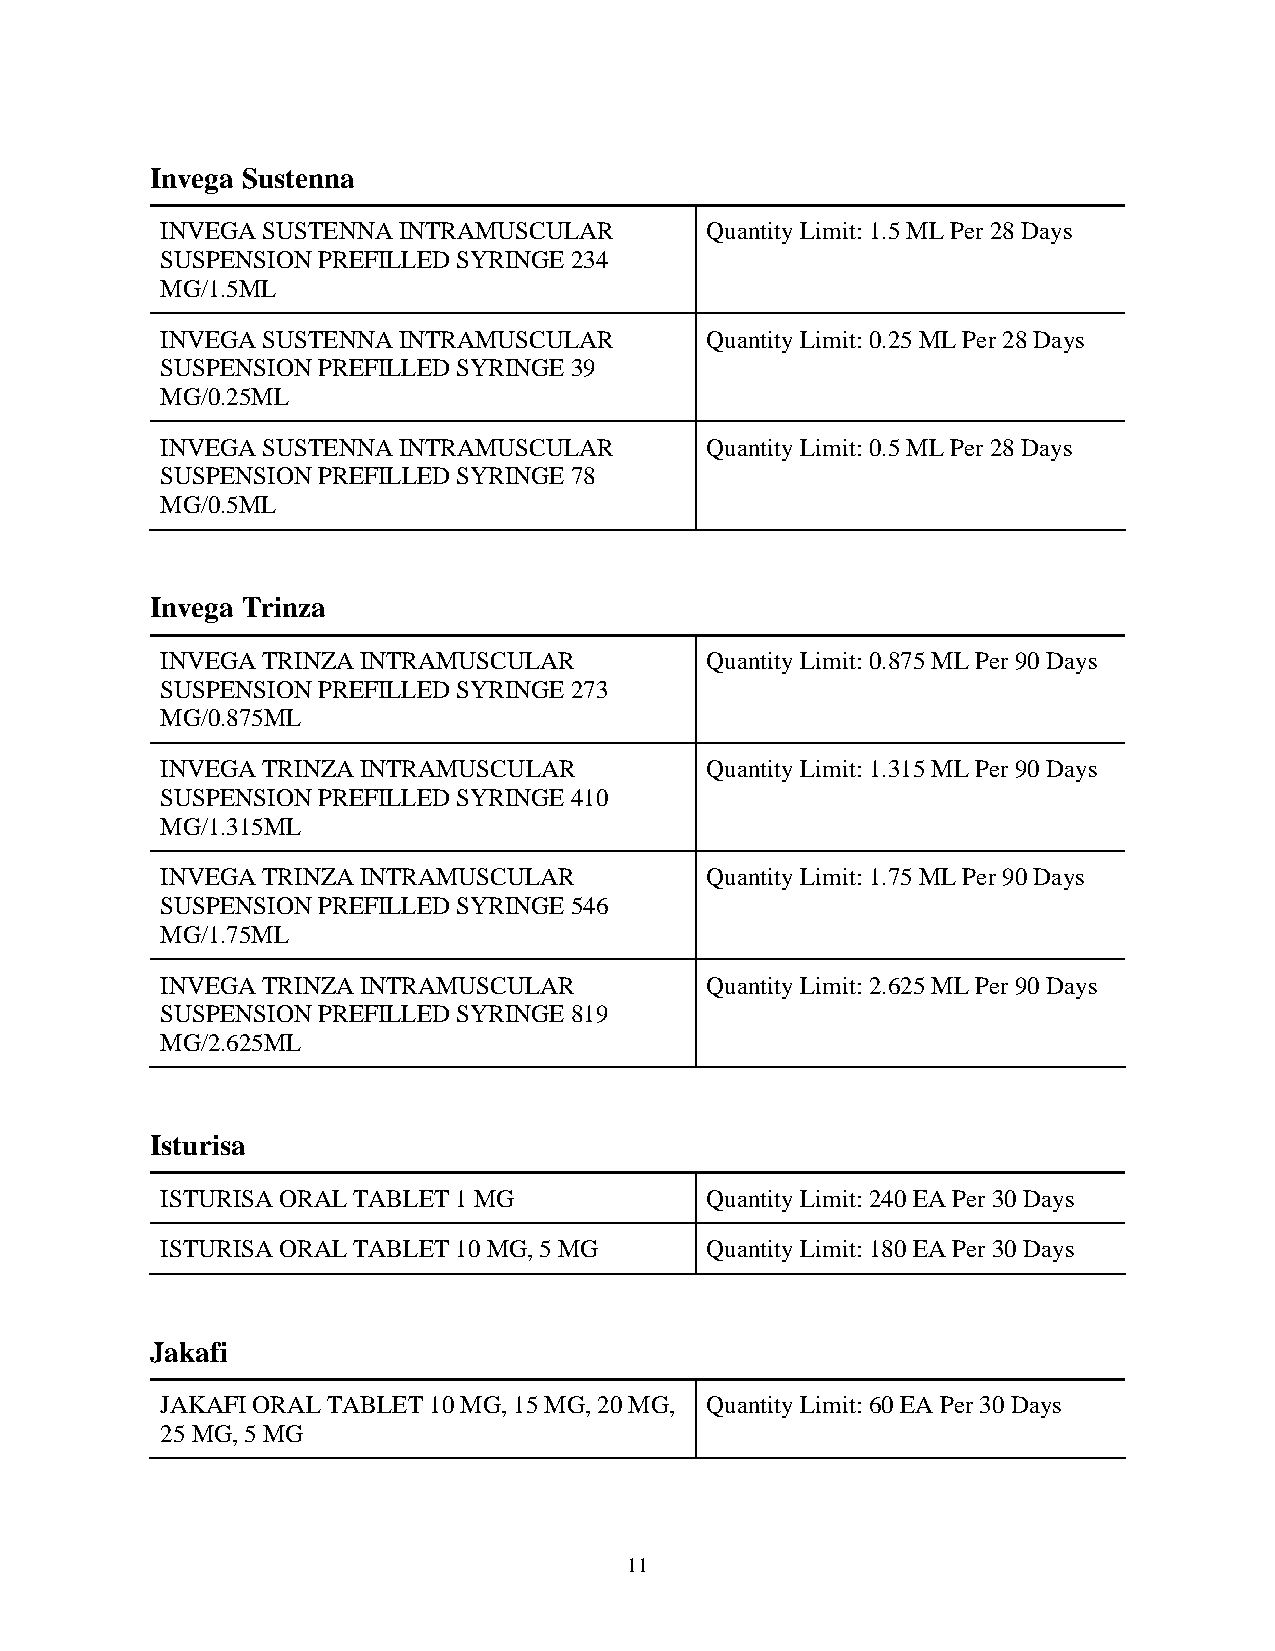
Invega Sustenna
 INVEGA SUSTENNA INTRAMUSCULAR       Quantity Limit: 1.5 ML Per 28 Days
 SUSPENSION PREFILLED SYRINGE 234
 MG/1.5ML
 INVEGA SUSTENNA INTRAMUSCULAR       Quantity Limit: 0.25 ML Per 28 Days
 SUSPENSION PREFILLED SYRINGE 39
 MG/0.25ML
 INVEGA SUSTENNA INTRAMUSCULAR       Quantity Limit: 0.5 ML Per 28 Days
 SUSPENSION PREFILLED SYRINGE 78
 MG/0.5ML
 Invega Trinza
 INVEGA TRINZA INTRAMUSCULAR         Quantity Limit: 0.875 ML Per 90 Days
 SUSPENSION PREFILLED SYRINGE 273
 MG/0.875ML
 INVEGA TRINZA INTRAMUSCULAR         Quantity Limit: 1.315 ML Per 90 Days
 SUSPENSION PREFILLED SYRINGE 410
 MG/1.315ML
 INVEGA TRINZA INTRAMUSCULAR         Quantity Limit: 1.75 ML Per 90 Days
 SUSPENSION PREFILLED SYRINGE 546
 MG/1.75ML
 INVEGA TRINZA INTRAMUSCULAR         Quantity Limit: 2.625 ML Per 90 Days
 SUSPENSION PREFILLED SYRINGE 819
 MG/2.625ML
 Isturisa
 ISTURISA ORAL TABLET 1 MG           Quantity Limit: 240 EA Per 30 Days
 ISTURISA ORAL TABLET 10 MG, 5 MG    Quantity Limit: 180 EA Per 30 Days
 Jakafi
 JAKAFI ORAL TABLET 10 MG, 15 MG, 20 MG, Quantity Limit: 60 EA Per 30 Days
 25 MG, 5 MG
 11